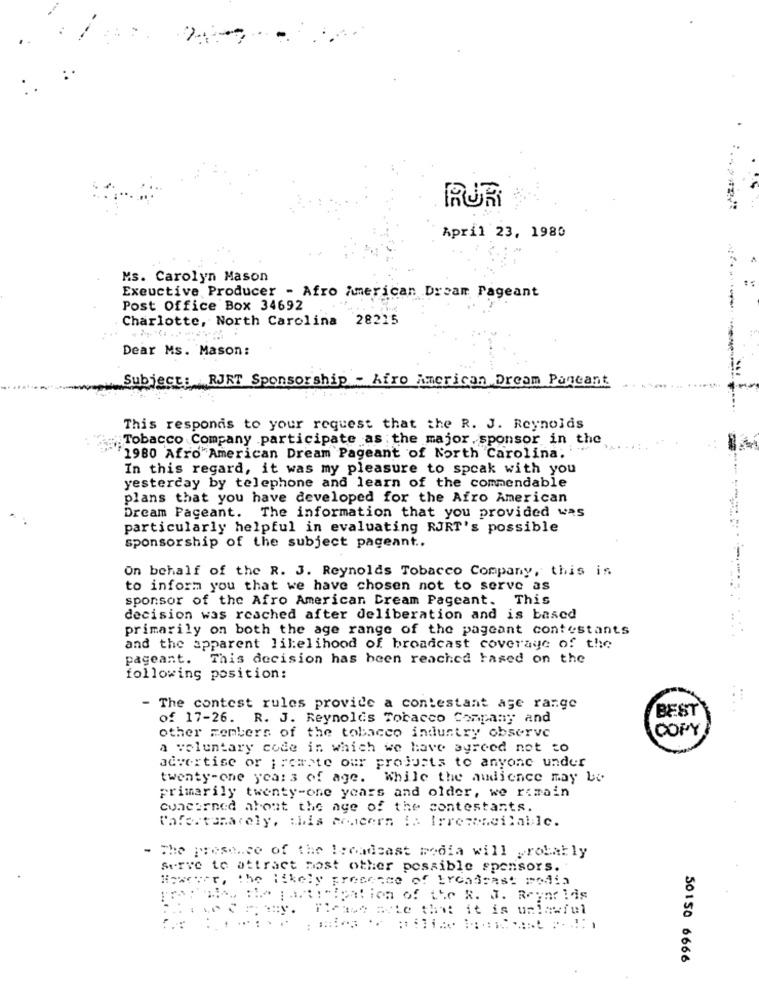
RURI
April 23, 1980
Ms. Carolyn Mason
Exeuctive Producer - Afro American Dream Pageant
Post Office Box 34692
Charlotte, North Carolina 28215
Dear Ms. Mason:
Subject: RJRT Sponsorship - Afro American Dream Pancant
This responds to your request that the R. J. Reynolds
Tobacco Company participate as the major.sponsor in the
"1980 Afro"American Dream Pageant of North Carolina;
In this regard, it was my pleasure to speak with you
yesterday by telephone and learn of the commendable
plans that you have developed for the Afro American
Dream Pageant. The information that you provided was
particularly helpful in evaluating RJRT's possible
sponsorship of the subject pageant ..
On behalf of the R. J. Reynolds Tobacco Company, this is
to inform you that we have chosen not to serve as
sponsor of the Afro American Dream Pageant. This
decision was reached after deliberation and is based
primarily on both the age range of the pageant contestants
and the apparent likelihood of broadcast coverage of the
pageant. This decision has been reached based on the
following position:
- The contest rules provide a contestant age range
BEST
of 17-26. R. J. Reynolds Tobacco Company and
COPY
other members of the tobacco industry observe
a voluntary code in which we have agreed not to
advertise or ;remote our products to anyone under
twenty-one years of age. While the audience may be
primarily twenty-one years and older, we remain
concerned about the age of the contestants.
Cafertomarely, this concern :: Irreconcilable.
The presence of the !readsast media will probably
Serve to attract most other possible sponsors.
However, the likely presence of broadcast podia
Pro: . the participation of the R. J. Reynolds
thearmy. These arte the it is unlawful
50150 6666